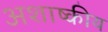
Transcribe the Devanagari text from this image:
अशाष्कीय